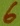
Text: 6